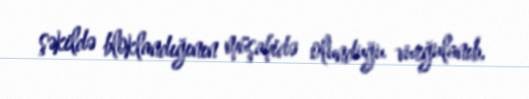
şəkildə bloklandığının müşahidə olunduğu vurğulanıb.